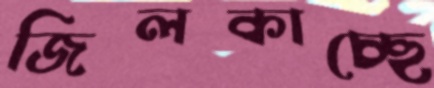
জিলকাচ্ছে